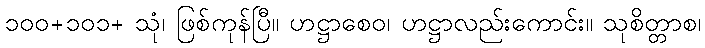
၁၀၀+၁၀၁+ သုံ၊ ဖြစ်ကုန်ပြီ။ ဟဋ္ဌာစေဝ၊ ဟဋ္ဌာလည်းကောင်း။ သုစိတ္တာစ၊